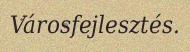
Városfejlesztés.